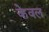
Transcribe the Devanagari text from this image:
केेवल